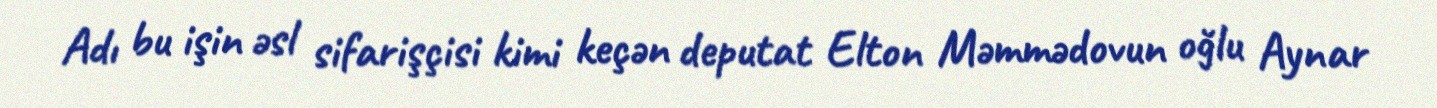
Adı bu işin əsl sifarişçisi kimi keçən deputat Elton Məmmədovun oğlu Aynar